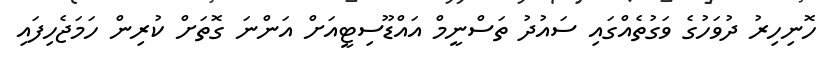
ހޮނިހިރު ދުވަހުގެ ވަގުތެއްގައި ސައުދު ތަސްނީމް އައްޑޫސިޓީއަށް އަންނަ ގޮތަށް ކުރިން ހަމަޖެހިފައި